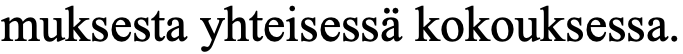
muksesta yhteisessä kokouksessa.